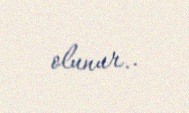
olunur..